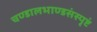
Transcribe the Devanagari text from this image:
चण्डालभाण्डसंस्पृष्टं